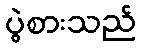
ပွဲစားသည်